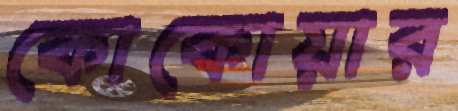
কোকোয়ার